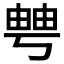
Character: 𤲀